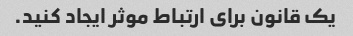
یک قانون برای ارتباط موثر ایجاد کنید.